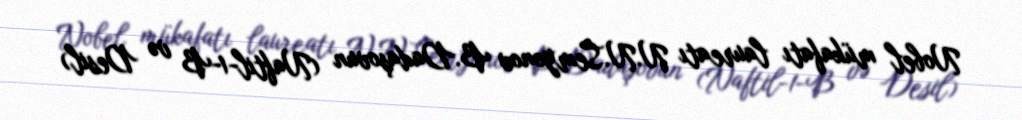
Nobel mükafatı laureatı N.N.Semyonov B.Dadaşovun (Naftil-1-B və Desil)